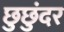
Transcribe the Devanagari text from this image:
छुछुंदर